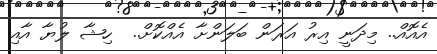
އެއޮއް.. މިދަނީ އިރު އަރަން ބަލަންށާ އެއްކޮށް..  ހިޝާ ލުޔާ އާއި